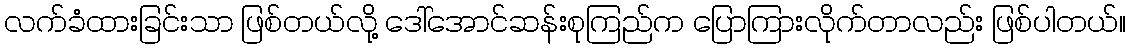
လက်ခံထားခြင်းသာ ဖြစ်တယ်လို့ ဒေါ်အောင်ဆန်းစုကြည်က ပြောကြားလိုက်တာလည်း ဖြစ်ပါတယ်။